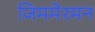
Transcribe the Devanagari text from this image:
जिममेरमन